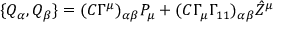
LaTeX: \{ Q _ { \alpha } , Q _ { \beta } \} = ( C \Gamma ^ { \mu } ) _ { \alpha \beta } P _ { \mu } + ( C \Gamma _ { \mu } \Gamma _ { 1 1 } ) _ { \alpha \beta } { \hat { Z } } ^ { \mu }